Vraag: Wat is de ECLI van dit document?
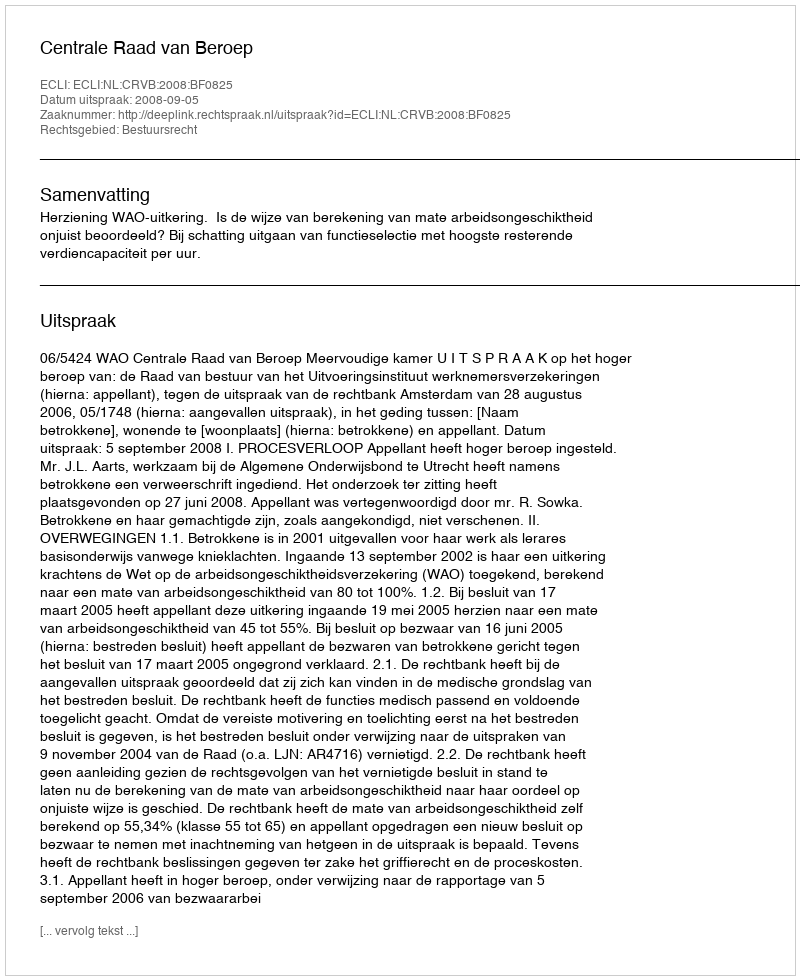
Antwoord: ECLI:NL:CRVB:2008:BF0825